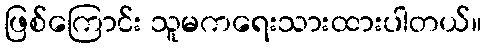
ဖြစ်ကြောင်း သူမကရေးသားထားပါတယ်။